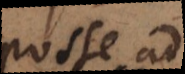
posse ad